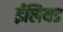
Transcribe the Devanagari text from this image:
ईलियड